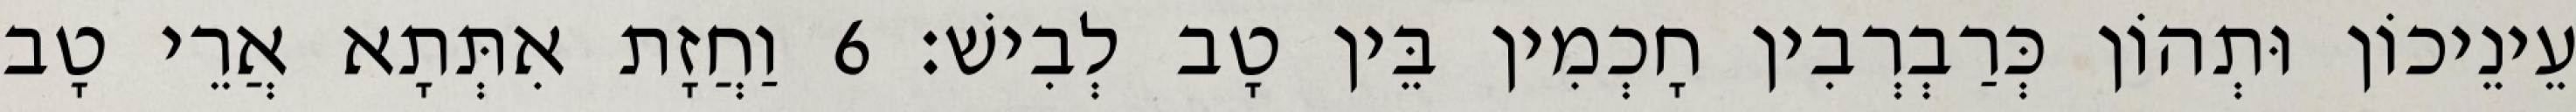
עֵינֵיכוֹן וּתְהוֹן כְּרַבְרְבִין חָכְמִין בֵּין טָב לְבִישׁ׃ 6 וַחֲזָת אִתְּתָא אֲרֵי טָב